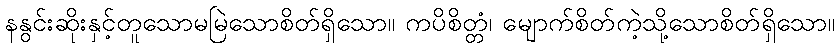
နနွင်းဆိုးနှင့်တူသောမမြဲသောစိတ်ရှိသော။ ကပိစိတ္တံ၊ မျောက်စိတ်ကဲ့သို့သောစိတ်ရှိသော။